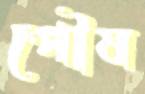
পৌষ